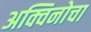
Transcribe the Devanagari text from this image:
अक्विनोचा